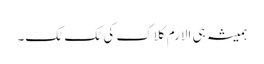
ہمیشہ ہی الارم کلاک کی ٹک ٹک۔